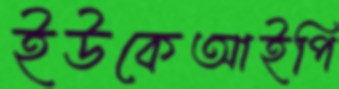
ইউকেআইপি